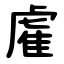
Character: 雐